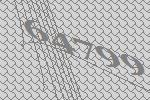
64799